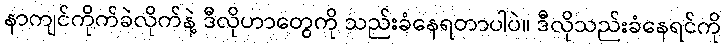
နာကျင်ကိုက်ခဲလိုက်နဲ့ ဒီလိုဟာတွေကို သည်းခံနေရတာပါပဲ။ ဒီလိုသည်းခံနေရင်ကို